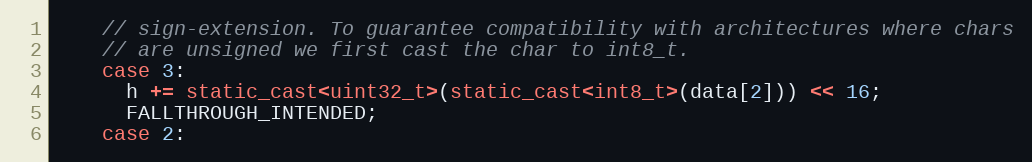
Language: C++
    // sign-extension. To guarantee compatibility with architectures where chars
    // are unsigned we first cast the char to int8_t.
    case 3:
      h += static_cast<uint32_t>(static_cast<int8_t>(data[2])) << 16;
      FALLTHROUGH_INTENDED;
    case 2: